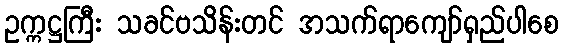
ဥက္ကဋ္ဌကြီး သခင်ဗသိန်းတင် အသက်ရာကျော်ရှည်ပါစေ